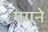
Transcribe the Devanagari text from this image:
गगने